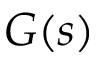
G ( s )